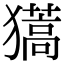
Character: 𤢨